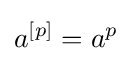
a^{[p]}=a^{p}